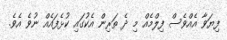
ފިޔަވާ އެއްވެސް ފިލްމެއް މި ދެ ތަރިން އެކުގައި ކުޅެފައެއް ނުވެ އެވެ.